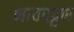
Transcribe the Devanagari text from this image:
भावपट्टण